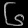
Digit: ၆